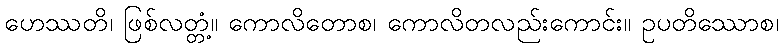
ဟေဿတိ၊ ဖြစ်လတ္တံ့။ ကောလိတောစ၊ ကောလိတလည်းကောင်း။ ဥပတိဿောစ၊